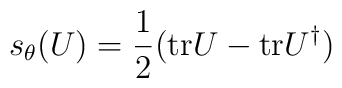
s_\theta (U) = \frac{1}{2} ( \mbox{tr} U - \mbox{tr} U^\dagger)